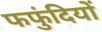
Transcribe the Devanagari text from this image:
फफुंदियों